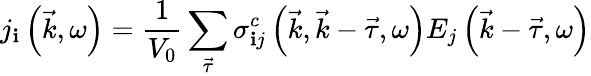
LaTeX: j_{\mathbf{i}}\left(\vec{{k}},\omega\right)=\frac{1}{{V_{0}}}\sum_{\vec{{\tau}}}\sigma_{\mathbf{i}j}^{c}\left(\vec{{k}},\vec{{k}}-\vec{{\tau}},\omega\right)E_{j}\left(\vec{{k}}-\vec{{\tau}},\omega\right)